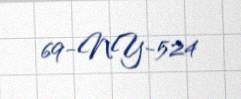
69-NY-524